Indian journal of veterinary science and animal husbandry - Volume 3,
Year: 1933
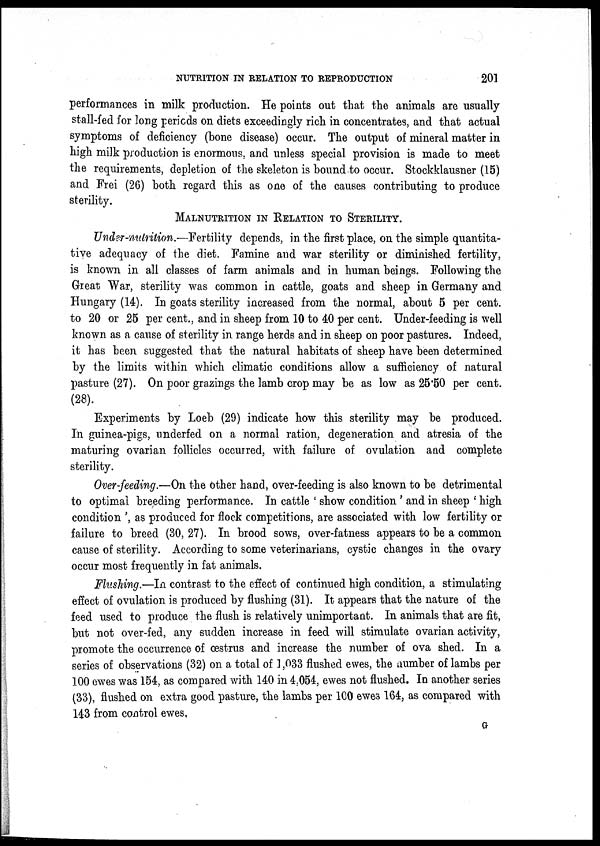
NUTRITION IN RELATION TO REPRODUCTION
201
performances in milk production. He points out that the animals are usually
stall-fed for long periods on diets exceedingly rich in concentrates, and that actual
symptoms of deficiency (bone disease) occur. The output of mineral matter in
high milk production is enormous, and unless special provision is made to meet
the requirements, depletion of the skeleton is bound to occur. Stockklausner (15)
and Frei (26) both regard this as one of the causes contributing to produce
sterility.
MALNUTRITION IN RELATION TO STERILITY.
Under-nutrition.—Fertility depends, in the first place, on the simple quantita-
tive adequacy of the diet. Famine and war sterility or diminished fertility,
is known in all classes of farm animals and in human beings. Following the
Great War, sterility was common in cattle, goats and sheep in Germany and
Hungary (14). In goats sterility increased from the normal, about 5 per cent.
to 20 or 25 per cent., and in sheep from 10 to 40 per cent. Under-feeding is well
known as a cause of sterility in range herds and in sheep on poor pastures. Indeed,
it has been suggested that the natural habitats of sheep have been determined
by the limits within which climatic conditions allow a sufficiency of natural
pasture (27). On poor grazings the lamb crop may be as low as 25.50 per cent.
(28).
Experiments by Loeb (29) indicate how this sterility may be produced.
In guinea-pigs, underfed on a normal ration, degeneration and atresia of the
maturing ovarian follicles occurred, with failure of ovulation and complete
sterility.
Over-feeding.—On the other hand, over-feeding is also known to be detrimental
to optimal breeding performance. In cattle ' show condition ' and in sheep ' high
condition ', as produced for flock competitions, are associated with low fertility or
failure to breed (30, 27). In brood sows, over-fatness appears to be a common
cause of sterility. According to some veterinarians, cystic changes in the ovary
occur most frequently in fat animals.
Flushing.—In contrast to the effect of continued high condition, a stimulating
effect of ovulation is produced by flushing (31). It appears that the nature of the
feed used to produce the flush is relatively unimportant. In animals that are fit,
but not over-fed, any sudden increase in feed will stimulate ovarian activity,
promote the occurrence of œstrus and increase the number of ova shed. In a
series of observations (32) on a total of 1,033 flushed ewes, the number of lambs per
100 ewes was 154, as compared with 140 in 4,054, ewes not flushed. In another series
(33), flushed on extra good pasture, the lambs per 100 ewes 164, as compared with
143 from control ewes.
G